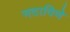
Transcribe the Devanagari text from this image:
नदाविणे